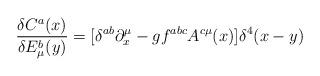
LaTeX: \begin{align*}\frac{\delta C^a(x)}{\delta E_\mu ^b(y)}=[\delta ^{ab}\partial _x^\mu-gf^{abc}A^{c\mu }(x)]\delta ^4(x-y)\end{align*}